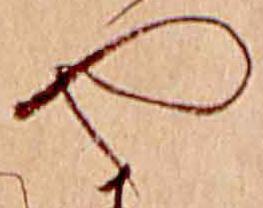
や